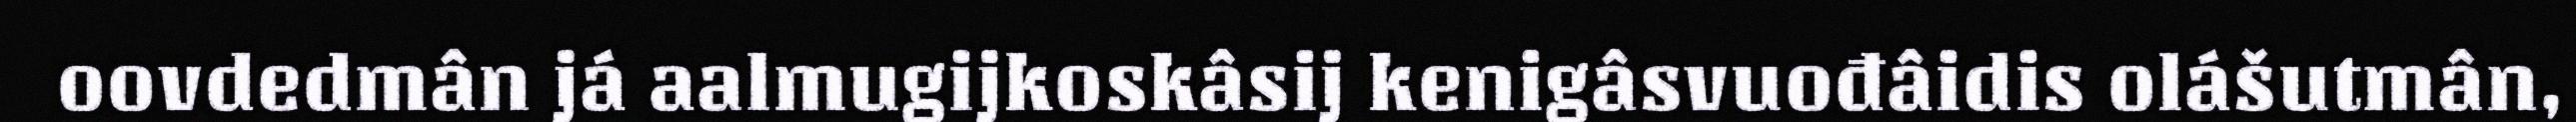
oovdedmân já aalmugijkoskâsij kenigâsvuođâidis olášutmân,